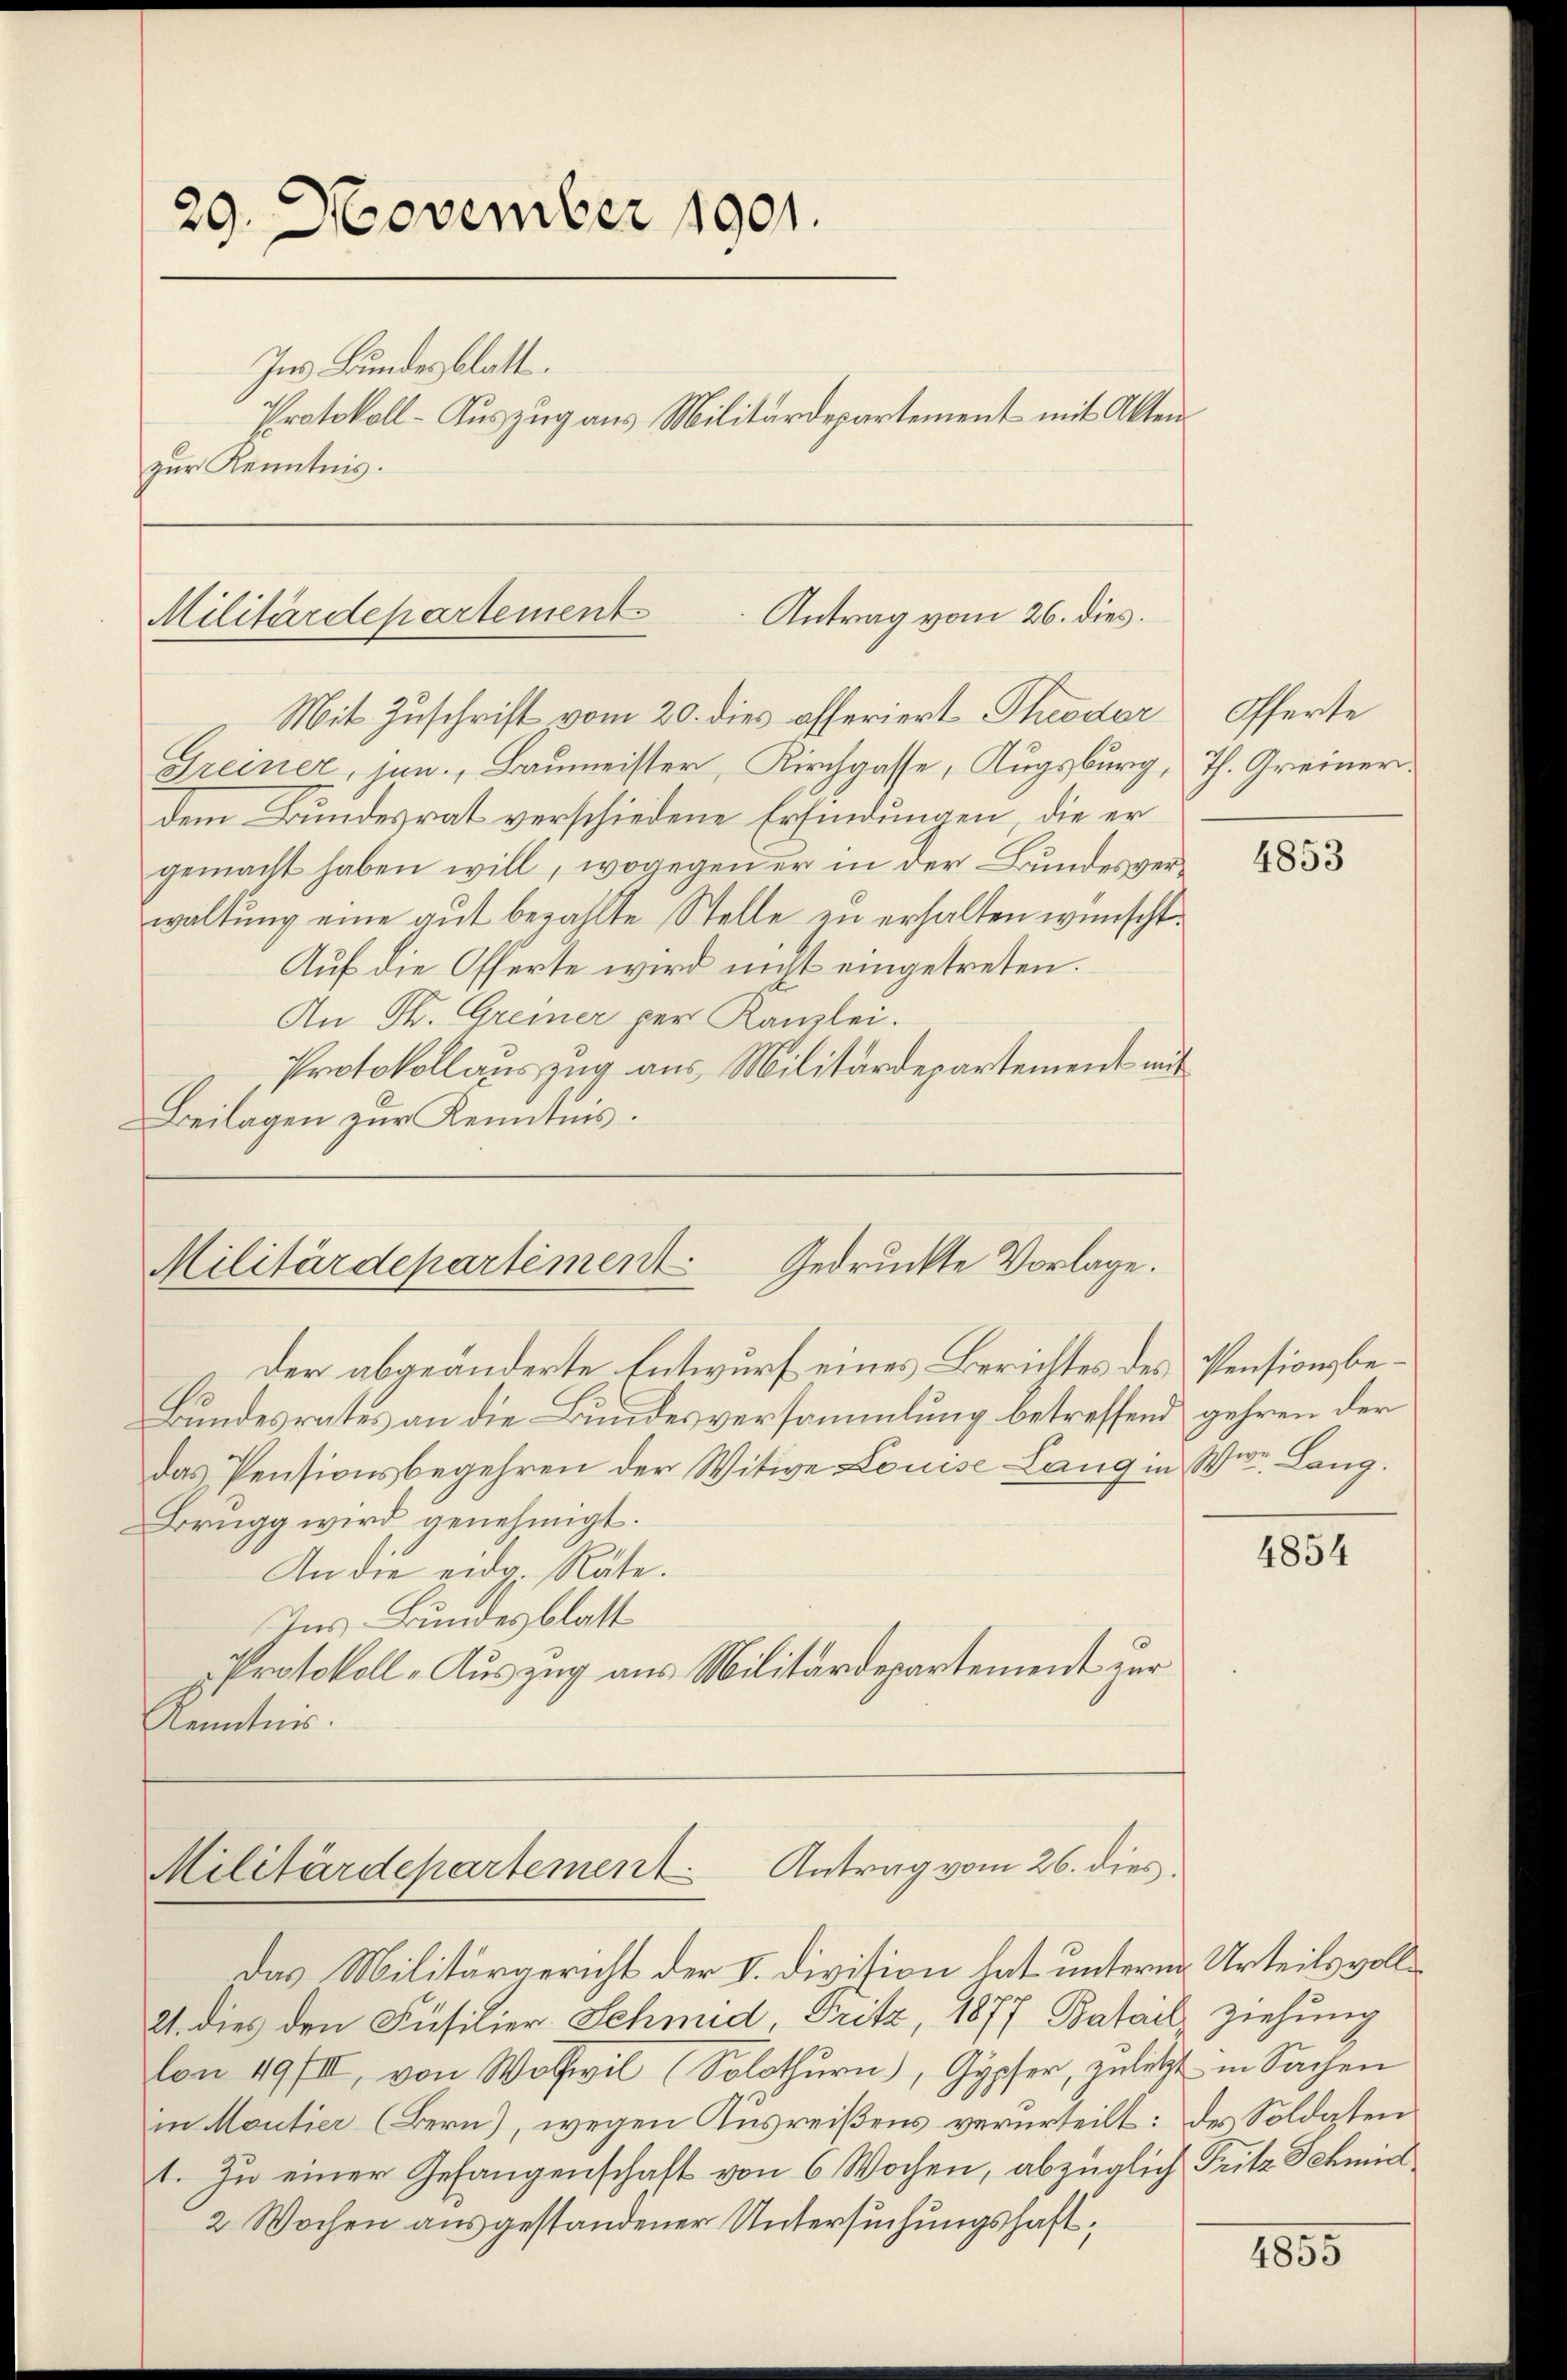
29. November 1901.
Ins Bundesblatt.
Protokoll-Auszug aus Militärdepartement mit Aktenzur Kenntnis.

Antrag vom 26. dies
Militärdepartement
Mit Zuschrift vom 20. dies offeriert Theodor

Greiner, jun., Baumeister, Kirchgasse, Kugsburg, Th. Greinerdem Bundesrat verschiedene Erfindungen, die er
gemacht haben will, wogegen er in der Bundesverwaltung eine gut bezahlte Stelle zu erhalten wünscht.
Auf die Offerte wird nicht eingetreten.
An Fr. Greiner per Kanzlei.
Protokollauszug aus Militärdepartement mit
Beilagen zur Kenntnis.

Gedruckte Vorlage.
Militärdepartement

der abgeänderte Entwurf eines Berichtes des Pensionsbe¬
Bundesrates an die Bundesversammlung betreffend gehren der
das Pensionsbegehren der Witwe Louise Lang in Werr. Lang¬
Brugg wird genehmigt.
An die eidg. Räte.
Ins Bundesblatt
Protokoll-Auszug aus Militärdepartement zur
Kenntni

Antrag vom 26. dies
Militärdepartement

Das Militärgericht der V. Division hat unterm Urteils voll¬
21. dies den Füsilier Schmid, Fritz, 1877 Batail ziehung
Con 49/III, von Wolfeil (Solothurn), Gypfer, zuletzt in Sachen
in Moutier (Bern), wegen Ausreißens verurteilt: des Soldaten
t. Zu einer Gefangenschaft von 6 Wochen, abzüglich Fritz Schmid
2 Wochen ausgestandener Untersuchungshaft¬

Offerte

4853

1854

1855